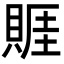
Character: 䝽